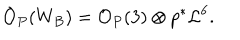
{ \mathcal O } _ { P } ( W _ { B } ) = { \mathcal O } _ { P } ( 3 ) \otimes p ^ { * } { \mathcal L } ^ { 6 } .